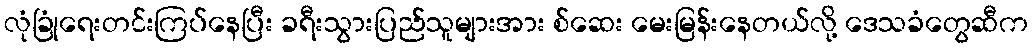
လုံခြုံရေးတင်းကြပ်နေပြီး ခရီးသွားပြည်သူများအား စ်ဆေး မေးမြန်းနေတယ်လို့ ဒေသခံတွေဆီက